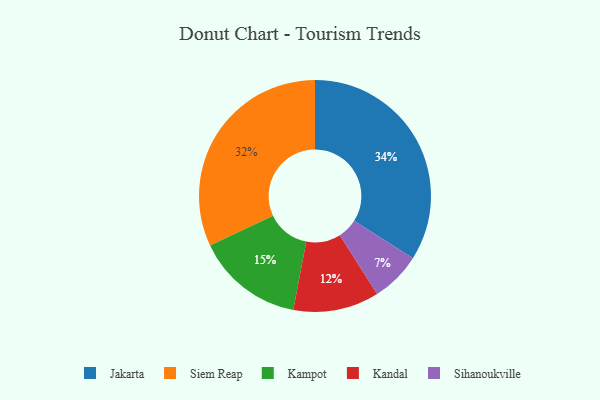
{"axis": {"x": "Category", "y": "Percentage"}, "legend": ["Jakarta", "Kampot", "Kandal", "Siem Reap", "Sihanoukville"], "data": [{"x": "Kandal", "y": 12, "type": "Kandal"}, {"x": "Siem Reap", "y": 32, "type": "Siem Reap"}, {"x": "Kampot", "y": 15, "type": "Kampot"}, {"x": "Sihanoukville", "y": 7, "type": "Sihanoukville"}, {"x": "Jakarta", "y": 34, "type": "Jakarta"}]}